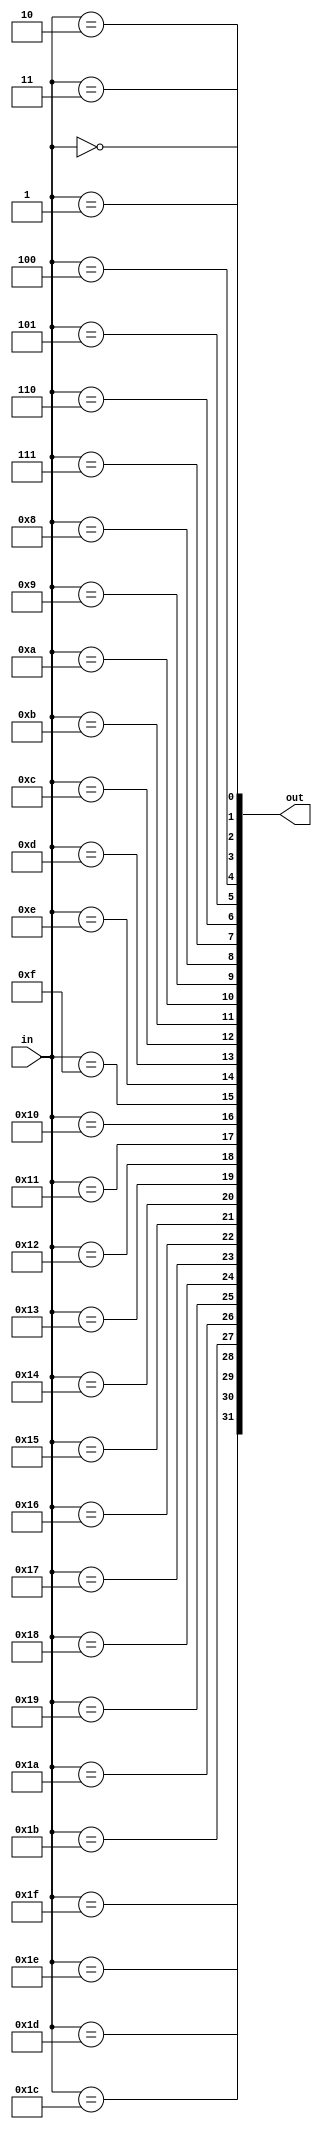
module decoder_5_32(
    input  [ 4:0] in,
    output [31:0] out
);

genvar i;
generate for (i=0; i<32; i=i+1) begin : gen_for_dec_5_32
    assign out[i] = (in == i);
end endgenerate

endmodule


module decoder_6_64(
    input  [ 5:0] in,
    output [63:0] out
);

genvar i;
generate for (i=0; i<63; i=i+1) begin : gen_for_dec_6_64
    assign out[i] = (in == i);
end endgenerate

endmodule


// module  write_buffer(
//     input                               clk,
//     input                               resetn,

//     input                               ren,
//     input                               wen,
//     input   [127:0]                     data_in,
//     output  [31:0]                      data_out,
//     output  [2:0]                       w_count
// );

// reg  [1:0] now_ptr;
// reg  [2:0] count;        
// reg  [127-1:0]   buffer;

// assign data_out = buffer[now_ptr];

// always@(posedge clk)begin
//     if(!resetn)begin
//         now_ptr <= 0;
//         count   <= 0;
//     end
//     else begin
//         if(ren && (count != 0))begin
//             now_ptr <= (now_ptr == 0) ? 0 : (now_ptr -1);
//             count   <= count -1;
//         end
//         else if(wen && (count == 0))begin
//             now_ptr <= 2'b11;
//             count   <= 3'h4;
//             buffer  <=  data_in;
//         end
//     end
// end

// assign w_count = count;

// endmodule